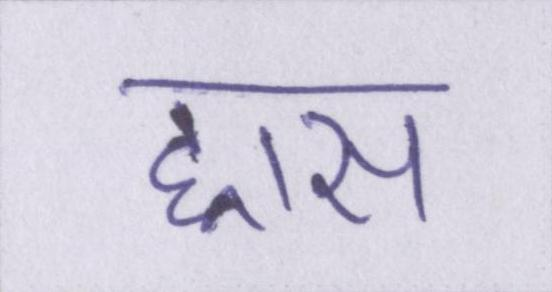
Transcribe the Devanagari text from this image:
ह्रास